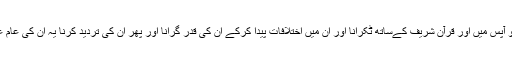
احادیث کو آپس میں اور قرآن شریف کےساتھ ٹکرانا اور ان میں اختلافات پیدا کرکے ان کی قدر گرانا اور پھر ان کی تردید کرنا یہ ان کی عام عادت ہے۔